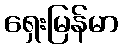
ရှေးမြန်မာ